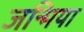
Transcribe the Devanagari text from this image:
जन्मिया